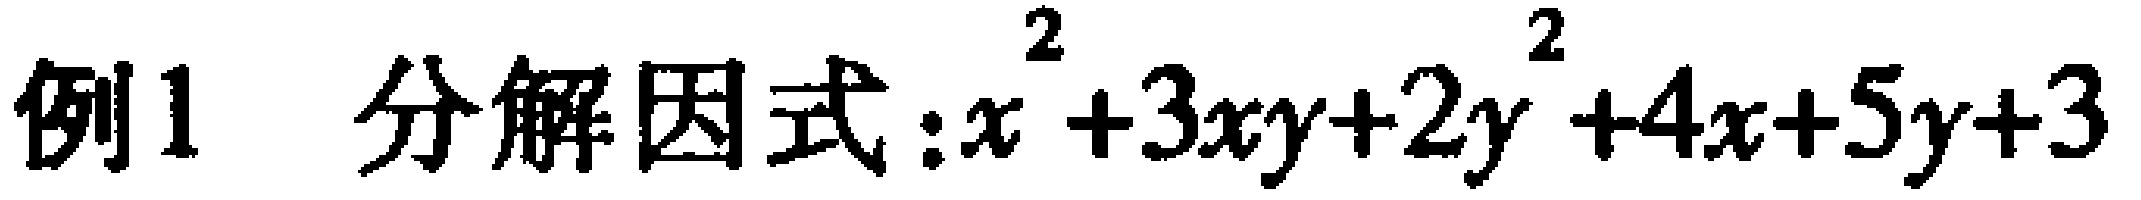
例1 分解因式：$x^{2}+3xy + 2y^{2}+4x + 5y+3$